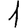
Digit: 1